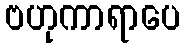
ဗဟုကာရာပေ